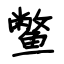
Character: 鳖